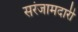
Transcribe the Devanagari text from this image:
सरंजामदारी